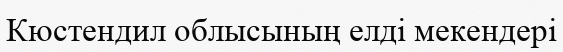
Кюстендил облысының елді мекендері